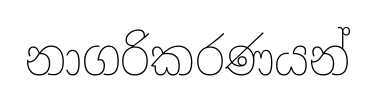
නාගරිකරණයන්